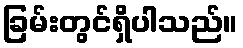
ခြမ်းတွင်ရှိပါသည်။